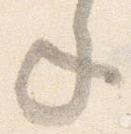
年